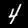
Label: 4